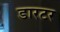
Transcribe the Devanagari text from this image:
डारटर